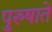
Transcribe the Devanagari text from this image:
पुरुषाते